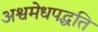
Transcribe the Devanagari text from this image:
अश्वमेधपद्धति